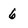
Character: 6